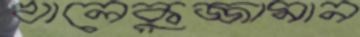
খালেকুজ্জামান